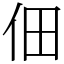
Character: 佃